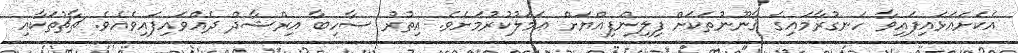
އެކަށައަޅައިފައިވާ ހަނގުރާމައިގެ ޤާނޫނުތަކަށް ފިލިންފިއްޔަށް ޢަމަލުކުރުމަށެވެ. އިތުރު ސާހިބާ އިރްޝާދް ދެއްވައިފައިވެއެވެ. ޗާޗުތަކާއި